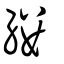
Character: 縷